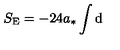
S _ { \mathrm { E } } = - 2 4 a _ { * } \int \mathrm { d }